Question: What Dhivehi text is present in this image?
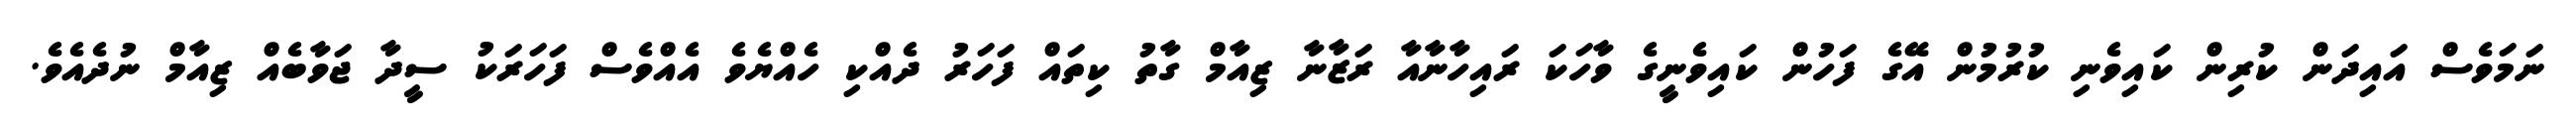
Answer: ނަމަވެސް އައިދަން ކުރިން ކައިވެނި ކުރުމުން އޭގެ ފަހުން ކައިވެނީގެ ވާހަކަ ރައިހާނާއާ ރަޒާނާ ޒިއާމް ގާތު ކިތައް ފަހަރު ދެއްކި ހެއްޔެވެ އެއްވެސް ފަހަރަކު ސީދާ ޖަވާބެއް ޒިއާމް ނުދެއެވެ.